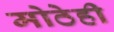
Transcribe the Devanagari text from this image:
मोठेही